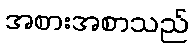
အစားအစာသည်